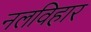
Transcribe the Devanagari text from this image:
नलविहार